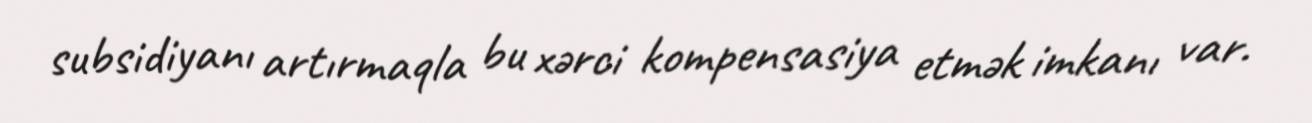
subsidiyanı artırmaqla bu xərci kompensasiya etmək imkanı var.